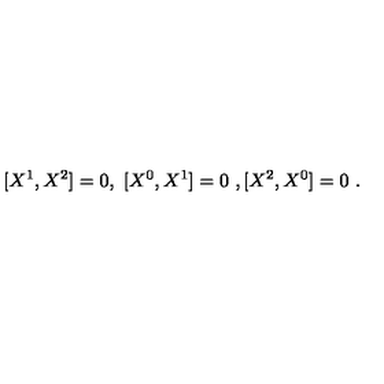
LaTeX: [ X ^ { 1 } , X ^ { 2 } ] = 0 , \ [ X ^ { 0 } , X ^ { 1 } ] = 0 \ , [ X ^ { 2 } , X ^ { 0 } ] = 0 \ .